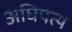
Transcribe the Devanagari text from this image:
अघिपत्य